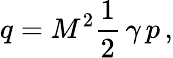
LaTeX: q=M^{2}{\frac{1}{2}}\, \gamma\, p\, ,